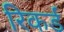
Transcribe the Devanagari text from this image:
रिकर्ड